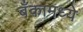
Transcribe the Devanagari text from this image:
बँकामध्ये